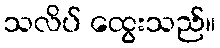
သလိပ် ထွေးသည်။